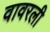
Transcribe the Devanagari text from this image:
वावरली